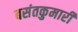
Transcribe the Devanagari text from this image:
बसंतकुमारी